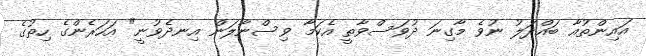
އައިންތުއާ ބައްދަލު ނުވެ މާގިނަ ދުވަސްވާތީ އެކަމާ ވިސްނާލަން އިނދެވުނީ" އަހަރެންގެ ހިތުގެ